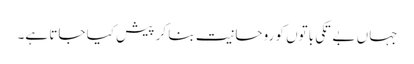
جہاں بے تکی باتوں کو روحانیت بنا کر پیش کیا جاتا ہے۔